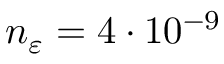
n _ { \varepsilon } = 4 \cdot 1 0 ^ { - 9 }